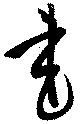
書